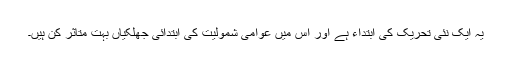
یہ ایک نئی تحریک کی ابتداء ہے اور اس میں عوامی شمولیت کی ابتدائی جھلکیاں بہت متاثر کن ہیں۔